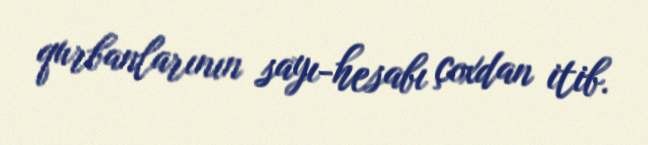
qurbanlarının sayı-hesabı çoxdan itib.